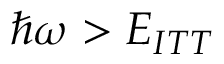
\hbar \omega > E _ { I T T }